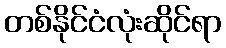
တစ်နိုင်ငံလုံးဆိုင်ရာ